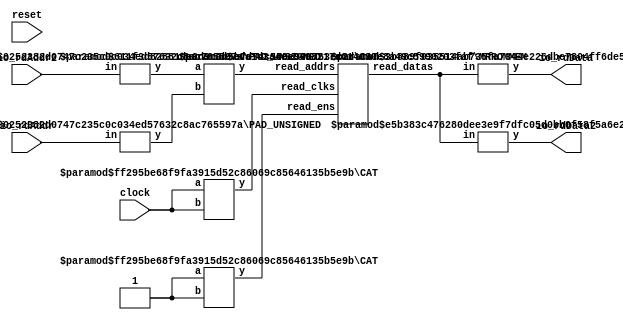
module SimpleSMemMRROM(
    input clock,
    input reset,
    input [3:0] io_rdAddr,
    output [7:0] io_rdData,
    input [3:0] io_rdAddr2,
    output [7:0] io_rdData2
);
    wire [7:0] mem__T_15_data;
    wire mem__T_15_clk;
    wire mem__T_15_en;
    wire [5:0] mem__T_15_addr;
    wire [7:0] mem__T_16_data;
    wire mem__T_16_clk;
    wire mem__T_16_en;
    wire [5:0] mem__T_16_addr;
    wire [15:0] mem_read_datas;
    wire [1:0] mem_read_clks;
    wire [1:0] mem_read_ens;
    wire [11:0] mem_read_addrs;
    BITS #(.width(16), .high(7), .low(0)) bits_1 (
        .y(mem__T_15_data),
        .in(mem_read_datas)
    );
    BITS #(.width(16), .high(15), .low(8)) bits_2 (
        .y(mem__T_16_data),
        .in(mem_read_datas)
    );
    CAT #(.width_a(1), .width_b(1)) cat_3 (
        .y(mem_read_clks),
        .a(mem__T_16_clk),
        .b(mem__T_15_clk)
    );
    CAT #(.width_a(1), .width_b(1)) cat_4 (
        .y(mem_read_ens),
        .a(mem__T_16_en),
        .b(mem__T_15_en)
    );
    CAT #(.width_a(6), .width_b(6)) cat_5 (
        .y(mem_read_addrs),
        .a(mem__T_16_addr),
        .b(mem__T_15_addr)
    );
    MRROMMEM #(.depth(64), .addrbits(6), .width(8), .readernum(2), .isSyncRead(1)) mem (
        .read_datas(mem_read_datas),
        .read_clks(mem_read_clks),
        .read_ens(mem_read_ens),
        .read_addrs(mem_read_addrs)
    );
    assign io_rdData = mem__T_15_data;
    assign io_rdData2 = mem__T_16_data;
    PAD_UNSIGNED #(.width(4), .n(6)) u_pad_6 (
        .y(mem__T_15_addr),
        .in(io_rdAddr)
    );
    assign mem__T_15_clk = clock;
    assign mem__T_15_en = 1'h1;
    PAD_UNSIGNED #(.width(4), .n(6)) u_pad_7 (
        .y(mem__T_16_addr),
        .in(io_rdAddr2)
    );
    assign mem__T_16_clk = clock;
    assign mem__T_16_en = 1'h1;
endmodule //SimpleSMemMRROM
module BITS(y, in);
    parameter width = 4;
    parameter high = 2;
    parameter low = 0;
    output [high-low:0] y;
    input [width-1:0] in;
    assign y = in[high:low];
endmodule // BITS
module CAT(y, a, b);
    parameter width_a = 4;
    parameter width_b = 4;
    output [width_a+width_b-1:0] y;
    input [width_a-1:0] a;
    input [width_b-1:0] b;
    assign y = {a, b};
endmodule // CAT
module MRROMMEM(read_datas, read_clks, read_ens, read_addrs);
    parameter depth = 16;
    parameter addrbits = 4;
    parameter width = 32;
    parameter readernum = 2;
    parameter isSyncRead = 0;
    output [(width*readernum-1):0] read_datas;
    input [(1*readernum-1):0] read_clks;
    input [(1*readernum-1):0] read_ens;
    input [(addrbits*readernum-1):0] read_addrs;
    reg [width-1:0] memcore [0:depth-1];
    wire [(addrbits*readernum-1):0] final_read_addrs;
    genvar gv_n;
    generate
        for (gv_n = 0; gv_n < readernum; gv_n = gv_n + 1) begin: get_final_raddrs
            if (isSyncRead) begin: raddr_processor
                reg [addrbits-1:0] read_addr_pipe_0;
                always @(posedge read_clks[gv_n]) begin
                    if (read_ens[gv_n]) begin
                        read_addr_pipe_0 <= read_addrs[gv_n*addrbits +: addrbits];
                    end
                end
                assign final_read_addrs[gv_n*addrbits +: addrbits] = read_addr_pipe_0;
            end else begin: raddr_processor
                assign final_read_addrs[gv_n*addrbits +: addrbits] = read_addrs[gv_n*addrbits +: addrbits];
            end
        end
    endgenerate
    genvar gv_k;
    generate
        for (gv_k = 0; gv_k < readernum; gv_k = gv_k + 1) begin: form_read_datas
            assign read_datas[gv_k*width +: width] = memcore[final_read_addrs[gv_k*addrbits +: addrbits]];
        end
    endgenerate
endmodule // MRROMMEM
module PAD_UNSIGNED(y, in);
    parameter width = 4;
    parameter n = 4;
    output [(n > width ? n : width)-1:0] y;
    input [width-1:0] in;
    assign y = (n > width) ? {{(n - width){1'b0}}, in} : in;
endmodule // PAD_UNSIGNED